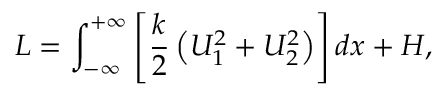
L = \int _ { - \infty } ^ { + \infty } \left[ \frac { k } { 2 } \left( U _ { 1 } ^ { 2 } + U _ { 2 } ^ { 2 } \right) \right] d x + H ,